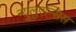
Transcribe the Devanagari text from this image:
न्युलुएन्सिस